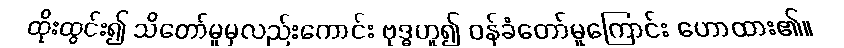
ထိုးထွင်း၍ သိတော်မူမှလည်းကောင်း ဗုဒ္ဓဟူ၍ ဝန်ခံတော်မူကြောင်း ဟောထား၏။